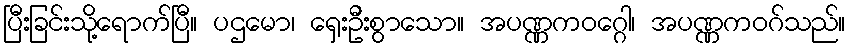
ပြီးခြင်းသို့ရောက်ပြီ။ ပဌမော၊ ရှေးဦးစွာသော။ အပဏ္ဏကဝဂ္ဂေါ၊ အပဏ္ဏကဝဂ်သည်။